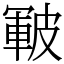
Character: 皸